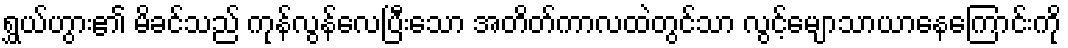
ရွှယ်ဟွား၏ မိခင်သည် ကုန်လွန်လေပြီးသော အတိတ်ကာလထဲတွင်သာ လွင့်မျောသာယာနေကြောင်းကို